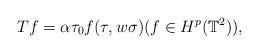
LaTeX: \begin{align*}Tf = \alpha \tau_0 f(\tau, w \sigma) (f\in H^p({\mathbb{T}^2})),\end{align*}